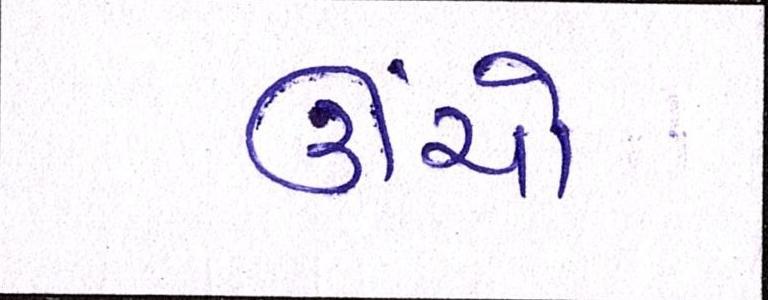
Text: ઊંચો